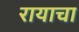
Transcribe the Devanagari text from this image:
रायाचा